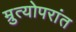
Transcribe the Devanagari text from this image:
म्रुत्योपरांत